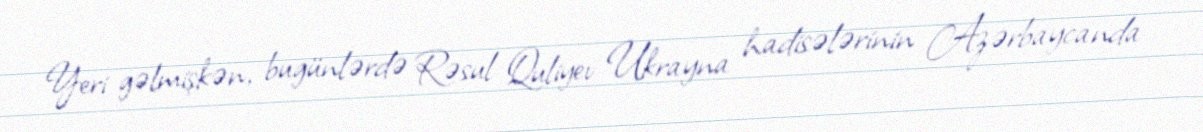
Yeri gəlmişkən, bugünlərdə Rəsul Quliyev Ukrayna hadisələrinin Azərbaycanda